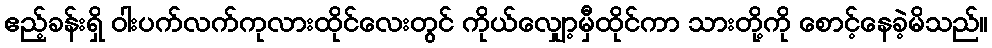
ဧည့်ခန်းရှိ ဝါးပက်လက်ကုလားထိုင်လေးတွင် ကိုယ်လျှော့မှီထိုင်ကာ သားတို့ကို စောင့်နေခဲ့မိသည်။